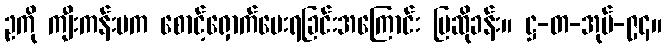
ဥကို ကျီးကန်းမက စောင့်ရှောက်ပေးရခြင်းအကြောင်း ပြဆိုခန်း။ ဋ္ဌ-တ-အုပ်-၉၄။